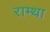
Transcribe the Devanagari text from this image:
राम्था